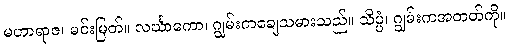
မဟာရာဇ၊ မင်းမြတ်။ လင်္ဃာကော၊ ဂျွမ်းကချေသမားသည်။ သိပ္ပံ၊ ဂျွမ်းကအတတ်ကို။